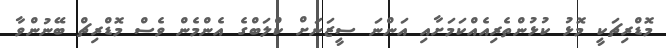
މޮޑްރިޗަކީ މޮޅު ކުޅުންތެރިއެއްކަމަށާއި އަންނަ ސީޒަނަށް ކްލަބްގެ އެންމެން ވެސް މޮޑްރިޗް ބޭނުންވާ